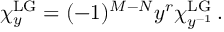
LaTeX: \chi _ { y } ^ { \mathrm { L G } } = ( - 1 ) ^ { M - N } y ^ { r } \chi _ { y ^ { - 1 } } ^ { \mathrm { L G } } \, .